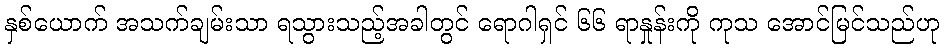
နှစ်ယောက် အသက်ချမ်းသာ ရသွားသည့်အခါတွင် ရောဂါရှင် ၆၆ ရာနှုန်းကို ကုသ အောင်မြင်သည်ဟု